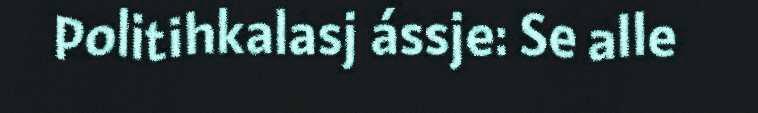
Politihkalasj ássje: Se alle